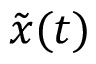
\tilde { { \boldsymbol { x } } } ( t )